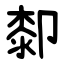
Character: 厀